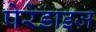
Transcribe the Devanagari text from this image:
पेरेडाइज़